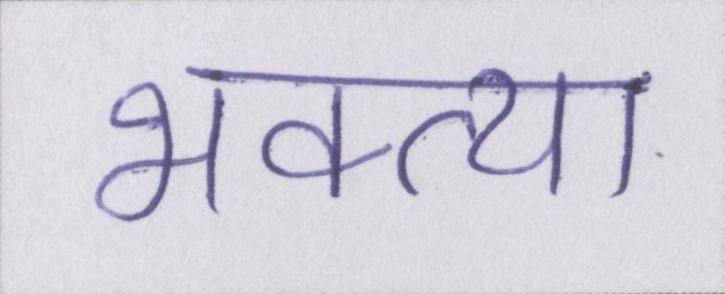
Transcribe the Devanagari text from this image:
भक्त्या